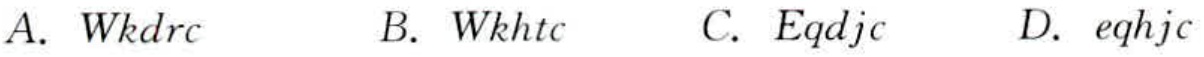
A. \(Wk drc\)  B. \(Wk htc\)  C. \(Eq djc\)  D. \(eq hjc\)